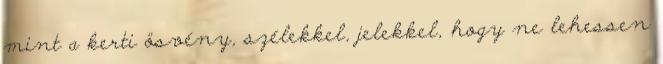
mint a kerti ösvény, szélekkel, jelekkel, hogy ne lehessen